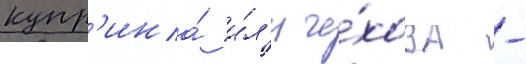
купр'ина́ и́л'и че́хова -